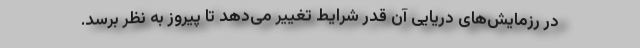
در رزمایش‌های دریایی آن قدر شرایط تغییر می‌دهد تا پیروز به نظر برسد.